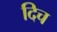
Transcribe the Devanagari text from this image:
दिच